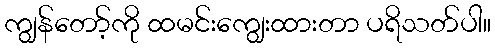
ကျွန်တော့်ကို ထမင်းကျွေးထားတာ ပရိသတ်ပါ။